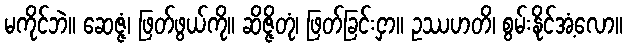
မကိုင်ဘဲ။ ဆေဇ္ဇံ၊ ဖြတ်ဖွယ်ကို။ ဆိဇ္ဇိတုံ၊ ဖြတ်ခြင်းငှာ။ ဥဿဟတိ၊ စွမ်းနိုင်အံ့လော။